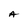
Character: A